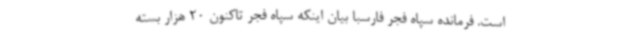
است. فرمانده سپاه فجر فارسبا بیان اینکه سپاه فجر تاکنون 20 هزار بسته